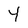
Character: Y